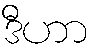
ဒီဟာ